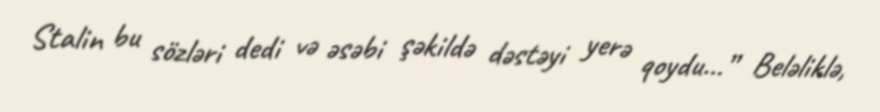
Stalin bu sözləri dedi və əsəbi şəkildə dəstəyi yerə qoydu...” Beləliklə,